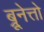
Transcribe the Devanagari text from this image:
ब्रूनेत्तो